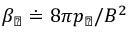
\beta _ { \perp } \doteq 8 \pi p _ { \perp } / B ^ { 2 }